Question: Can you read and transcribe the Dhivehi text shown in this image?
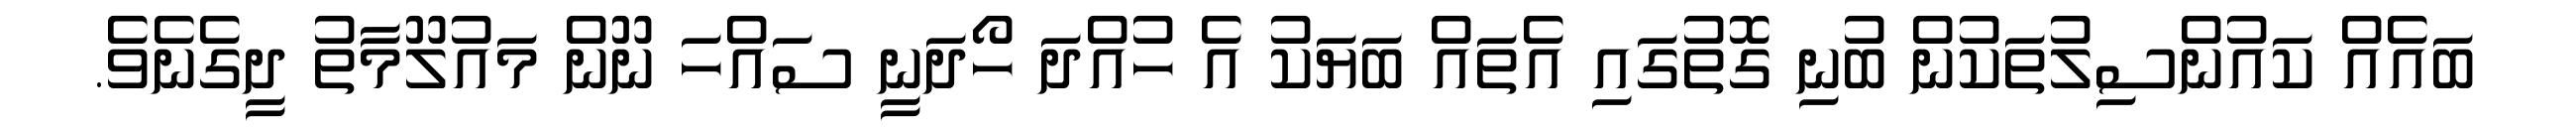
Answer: ބައެއް ކައުންސިލުތަކުން ބުނި ގޮތުގައި އެތައް ބަޔަކު އެ ހުއްދަ ހޯދަނީ ސައްހަ ނޫން މައުލޫމާތު ދީގެނެވެ.